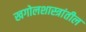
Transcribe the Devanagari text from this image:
खगोलशास्त्रांतील